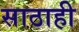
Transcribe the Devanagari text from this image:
साठाही